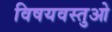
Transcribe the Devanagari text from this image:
विषयवस्तुओ